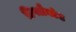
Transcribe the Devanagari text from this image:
डिफ्लैक्टेड